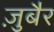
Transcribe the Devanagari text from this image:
जु़बैर